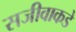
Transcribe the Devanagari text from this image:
सजीवाकडे